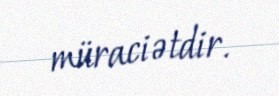
müraciətdir.